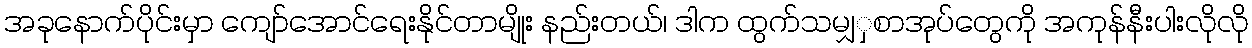
အခုနောက်ပိုင်းမှာ ကျော်အောင်ရေးနိုင်တာမျိုး နည်းတယ်၊ ဒါက ထွက်သမျှှစာအုပ်တွေကို အကုန်နီးပါးလိုလို